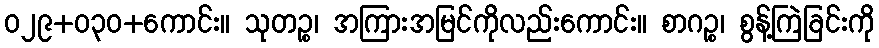
ဝ၂၉+၀၃ဝ+ကောင်း။ သုတဉ္စ၊ အကြားအမြင်ကိုလည်းကောင်း။ စာဂဉ္စ၊ စွန့်ကြဲခြင်းကို